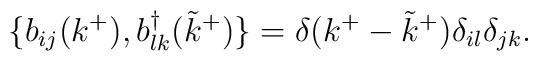
\{ b_{ij}(k^+),b^{\dagger}_{lk}({\tilde k}^+) \}     = \delta(k^+ - {\tilde k}^+)\delta_{il}\delta_{jk}.